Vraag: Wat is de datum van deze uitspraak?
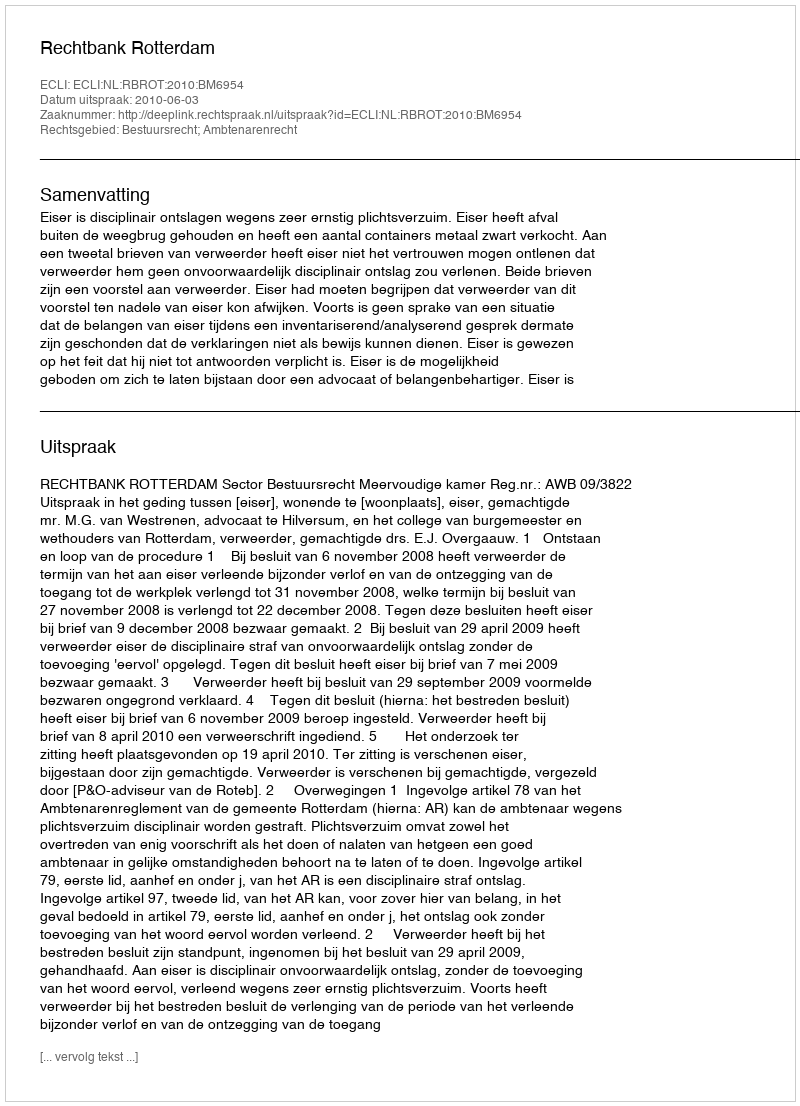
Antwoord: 2010-06-03